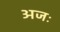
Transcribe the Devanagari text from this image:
अजः